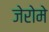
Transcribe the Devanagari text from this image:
जेरोमे